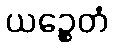
ယဉ္စေတံ